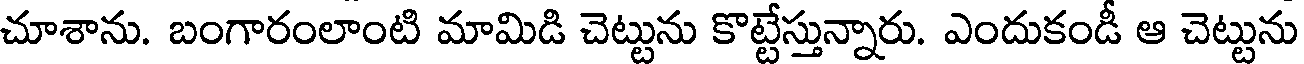
చూశాను. బంగారంలాంటి మామిడి చెట్టును కొట్టేస్తున్నారు. ఎందుకండీ ఆ చెట్టును